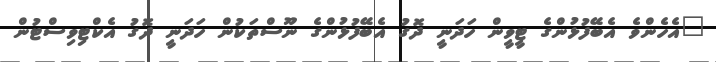
"އެހެންވެ އެބޭފުޅުންގެ ޓީވީން ހަދަނީ ދޮގު އެބޭފުޅުންގެ ނޫސްތަކުން ހަދަނީ ދޮގު އެކްޓިވިސްޓުން